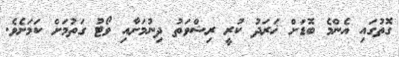
ގޮތުގައި އެންމެ ބޮޑަށް ޚަރަދު ކުރީ ރިޝްވަތު ދިނުމަށާއި ވޯޓު ގަތުމަށް ކަމަށެވެ.